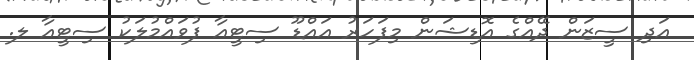
އަދި ސީޒަން ދޭއްގެ އޮޑިޝަން މިފަހަރު އައްޑޫ ސިޓީއާ ފުވައްމުލަކު ސިޓީއާ ލ.